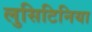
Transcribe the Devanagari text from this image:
लुसिटिनिया